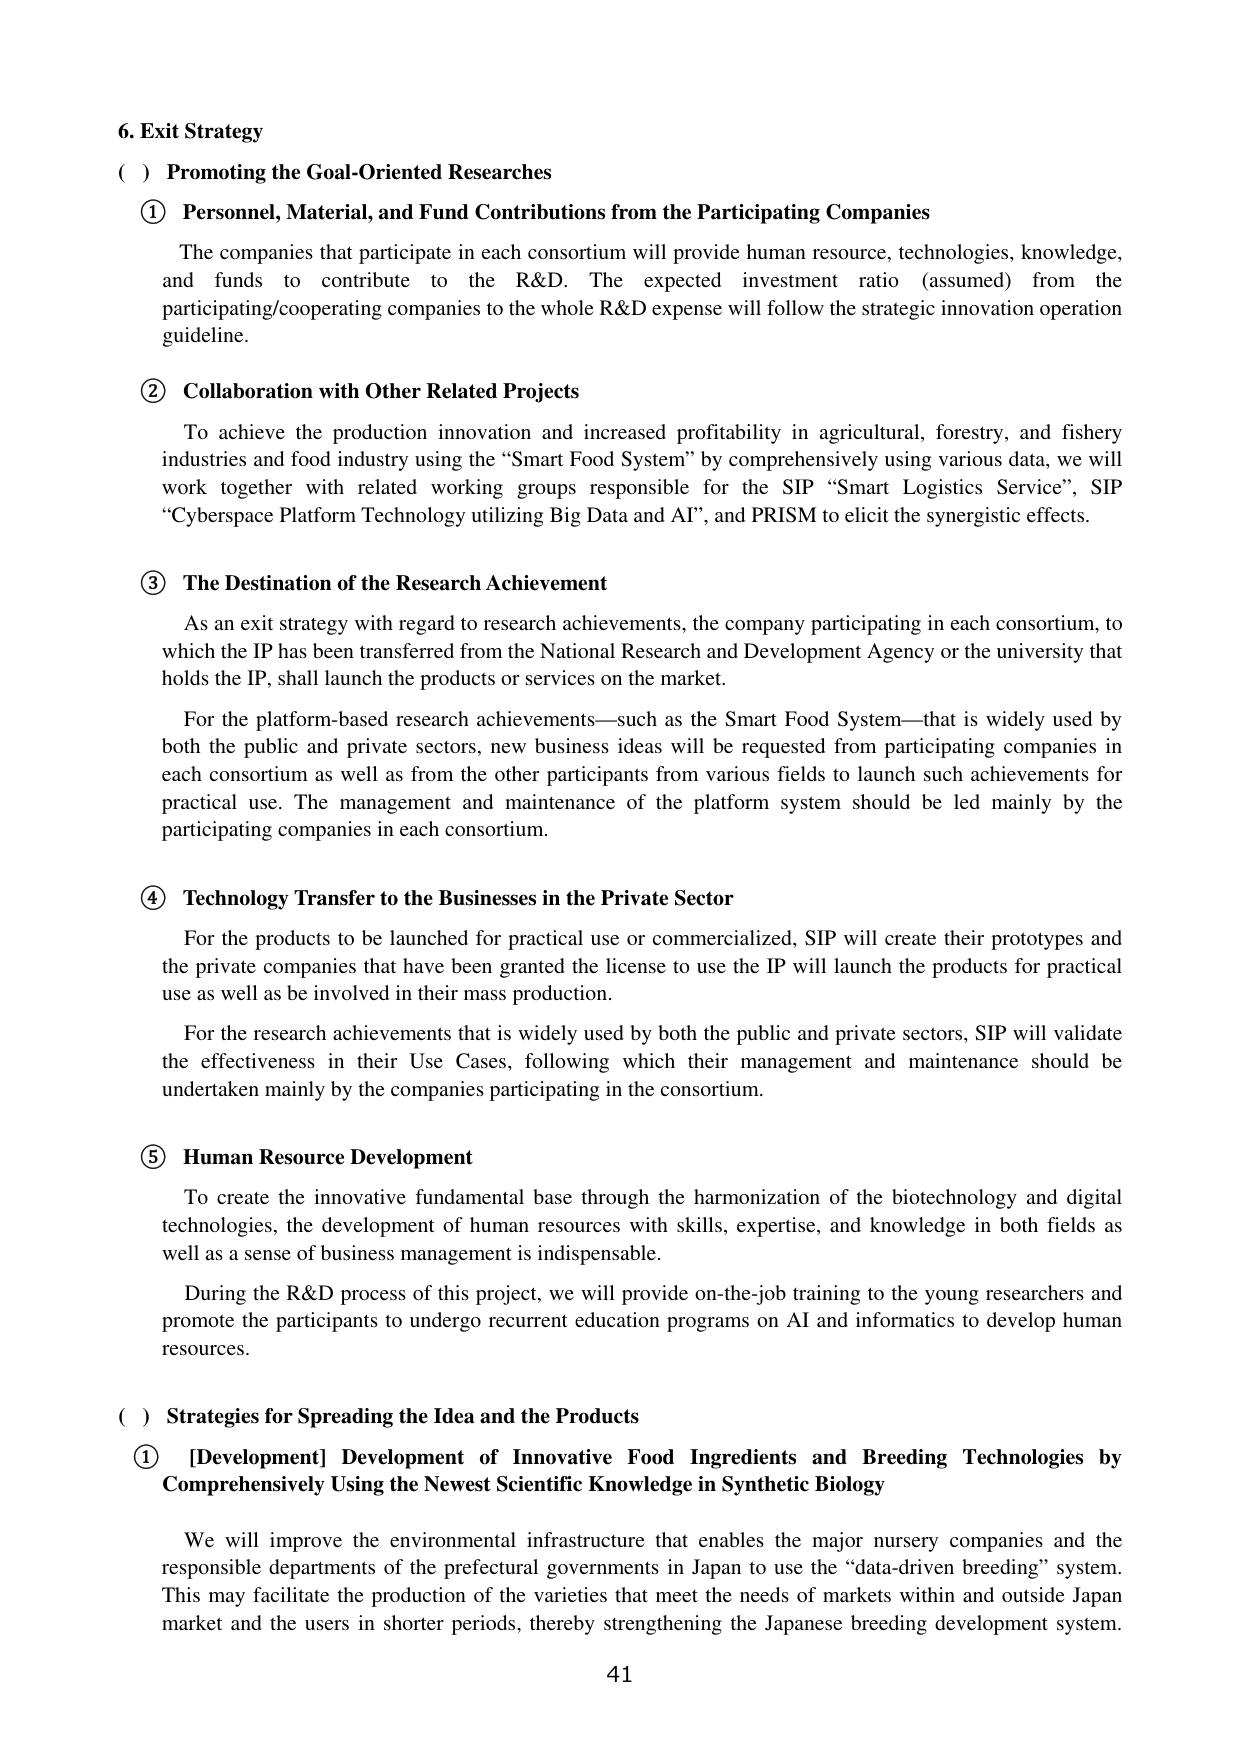
6. Exit Strategy

( ) Promoting the Goal-Oriented Researches

① Personnel, Material, and Fund Contributions from the Participating Companies

The companies that participate in each consortium will provide human resource, technologies, knowledge, and funds to contribute to the R&D. The expected investment ratio (assumed) from the participating/cooperating companies to the whole R&D expense will follow the strategic innovation operation guideline.

② Collaboration with Other Related Projects

To achieve the production innovation and increased profitability in agricultural, forestry, and fishery industries and food industry using the “Smart Food System” by comprehensively using various data, we will work together with related working groups responsible for the SIP “Smart Logistics Service”, SIP “Cyberspace Platform Technology utilizing Big Data and AI”, and PRISM to elicit the synergistic effects.

③ The Destination of the Research Achievement

As an exit strategy with regard to research achievements, the company participating in each consortium, to which the IP has been transferred from the National Research and Development Agency or the university that holds the IP, shall launch the products or services on the market.

For the platform-based research achievements—such as the Smart Food System—that is widely used by both the public and private sectors, new business ideas will be requested from participating companies in each consortium as well as from the other participants from various fields to launch such achievements for practical use. The management and maintenance of the platform system should be led mainly by the participating companies in each consortium.

④ Technology Transfer to the Businesses in the Private Sector

For the products to be launched for practical use or commercialized, SIP will create their prototypes and the private companies that have been granted the license to use the IP will launch the products for practical use as well as be involved in their mass production.

For the research achievements that is widely used by both the public and private sectors, SIP will validate the effectiveness in their Use Cases, following which their management and maintenance should be undertaken mainly by the companies participating in the consortium.

⑤ Human Resource Development

To create the innovative fundamental base through the harmonization of the biotechnology and digital technologies, the development of human resources with skills, expertise, and knowledge in both fields as well as a sense of business management is indispensable.

During the R&D process of this project, we will provide on-the-job training to the young researchers and promote the participants to undergo recurrent education programs on AI and informatics to develop human resources.

( ) Strategies for Spreading the Idea and the Products

① [Development] Development of Innovative Food Ingredients and Breeding Technologies by Comprehensively Using the Newest Scientific Knowledge in Synthetic Biology

We will improve the environmental infrastructure that enables the major nursery companies and the responsible departments of the prefectural governments in Japan to use the “data-driven breeding” system. This may facilitate the production of the varieties that meet the needs of markets within and outside Japan market and the users in shorter periods, thereby strengthening the Japanese breeding development system.

41